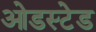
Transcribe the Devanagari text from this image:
ओडस्टेड